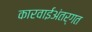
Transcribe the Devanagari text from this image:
कारवाईअंतर्गत